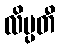
လိပ္ပတီ